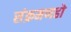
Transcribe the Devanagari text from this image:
संक्रमणहो